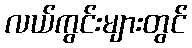
လယ်ကွင်းများတွင်